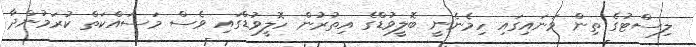
ލިސްޓުގެ ތިން ވަނައިގައި ހިމެނެނީ ބޮލީވުޑްގެ އިތުރުން ހޮލީވުޑްގައި ވެސް މަސައްކަތް ކުރަމުންދާ